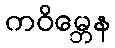
ကဝိမ္ဘေန